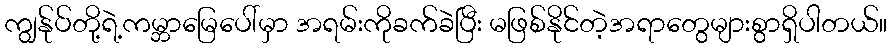
ကျွန်ုပ်တို့ရဲ့ကမ္ဘာမြေပေါ်မှာ အရမ်းကိုခက်ခဲပြီး မဖြစ်နိုင်တဲ့အရာတွေများစွာရှိပါတယ်။